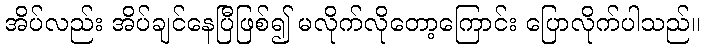
အိပ်လည်း အိပ်ချင်နေပြီဖြစ်၍ မလိုက်လိုတော့ကြောင်း ပြောလိုက်ပါသည်။